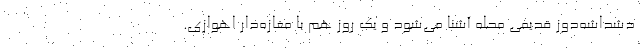
دشداشه‌دوز قدیمی محله آشنا می‌شود و یک روز هم با مغازه‌دار اهوازی.